Indian journal of veterinary science and animal husbandry - Volume 2,
Year: 1932
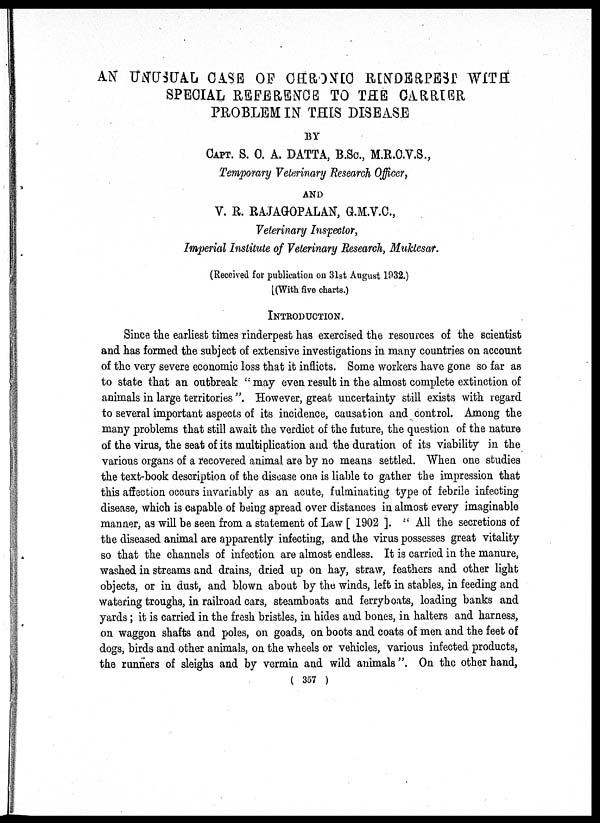
AN UNUSUAL CASE OF CHRONIC RINDERPEST WITH
SPECIAL REFERENCE TO THE CARRIER
PROBLEM IN THIS DISEASE
BY
CAPT. S. C. A. DATTA, B.Sc, M.R.C.V.S.,
Temporary Veterinary Research Officer,
AND
V. R. RAJAGOPALAN, G.M.V.C.,
Veterinary Inspector,
Imperial Institute of Veterinary Research, Muktesar.
(Received for publication on 31st August 1932.)
[(With five charts.)
INTRODUCTION.
Since the earliest times rinderpest has exercised the resources of the scientist
and has formed the subject of extensive investigations in many countries on account
of the very severe economic loss that it inflicts. Some workers have gone so far as
to state that an outbreak " may even result in the almost complete extinction of
animals in large territories ". However, great uncertainty still exists with regard
to several important aspects of its incidence, causation and control. Among the
many problems that still await the verdict of the future, the question of the nature
of the virus, the seat of its multiplication and the duration of its viability in the
various organs of a recovered animal are by no means settled. When one studies
the text-book description of the disease one is liable to gather the impression that
this affection occurs invariably as an acute, fulminating type of febrile infecting
disease, which is capable of being spread over distances in almost every imaginable
manner, as will be seen from a statement of Law [ 1902 ]. " All the secretions of
the diseased animal are apparently infecting, and the virus possesses great vitality
so that the channels of infection are almost endless. It is carried in the manure,
washed in streams and drains, dried up on hay, straw, feathers and other light
objects, or in dust, and blown about by the winds, left in stables, in feeding and
watering troughs, in railroad cars, steamboats and ferryboats, loading banks and
yards; it is carried in the fresh bristles, in hides and bones, in halters and harness,
on waggon shafts and poles, on goads, on boots and coats of men and the feet of
dogs, birds and other animals, on the wheels or vehicles, various infected products,
the runners of sleighs and by vermin and wild animals". On the other hand,
( 357 )